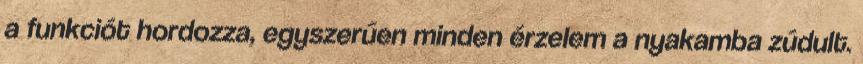
a funkciót hordozza, egyszerűen minden érzelem a nyakamba zúdult.